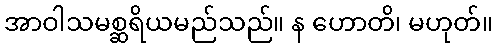
အာဝါသမစ္ဆရိယမည်သည်။ န ဟောတိ၊ မဟုတ်။